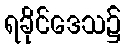
ရခိုင်ဒေသ၌